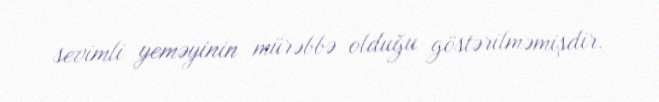
sevimli yeməyinin mürəbbə olduğu göstərilməmişdir.